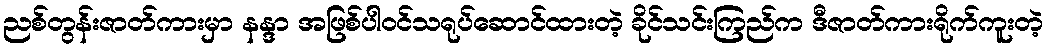
ညစ်တွန်းဇာတ်ကားမှာ နန္ဒာ အဖြစ်ပါဝင်သရုပ်ဆောင်ထားတဲ့ ခိုင်သင်းကြည်က ဒီဇာတ်ကားရိုက်ကူးတဲ့